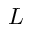
{ \cal L }